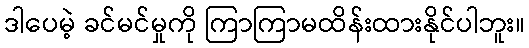
ဒါပေမဲ့ ခင်မင်မှုကို ကြာကြာမထိန်းထားနိုင်ပါဘူး။